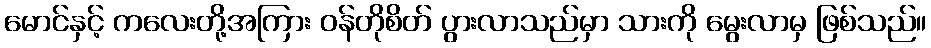
မောင်နှင့် ကလေးတို့အကြား ဝန်တိုစိတ် ပွားလာသည်မှာ သားကို မွေးလာမှ ဖြစ်သည်။